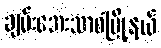
ချမ်းအေးသာစံမြို့နယ်